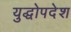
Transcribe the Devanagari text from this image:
युद्धोपदेश